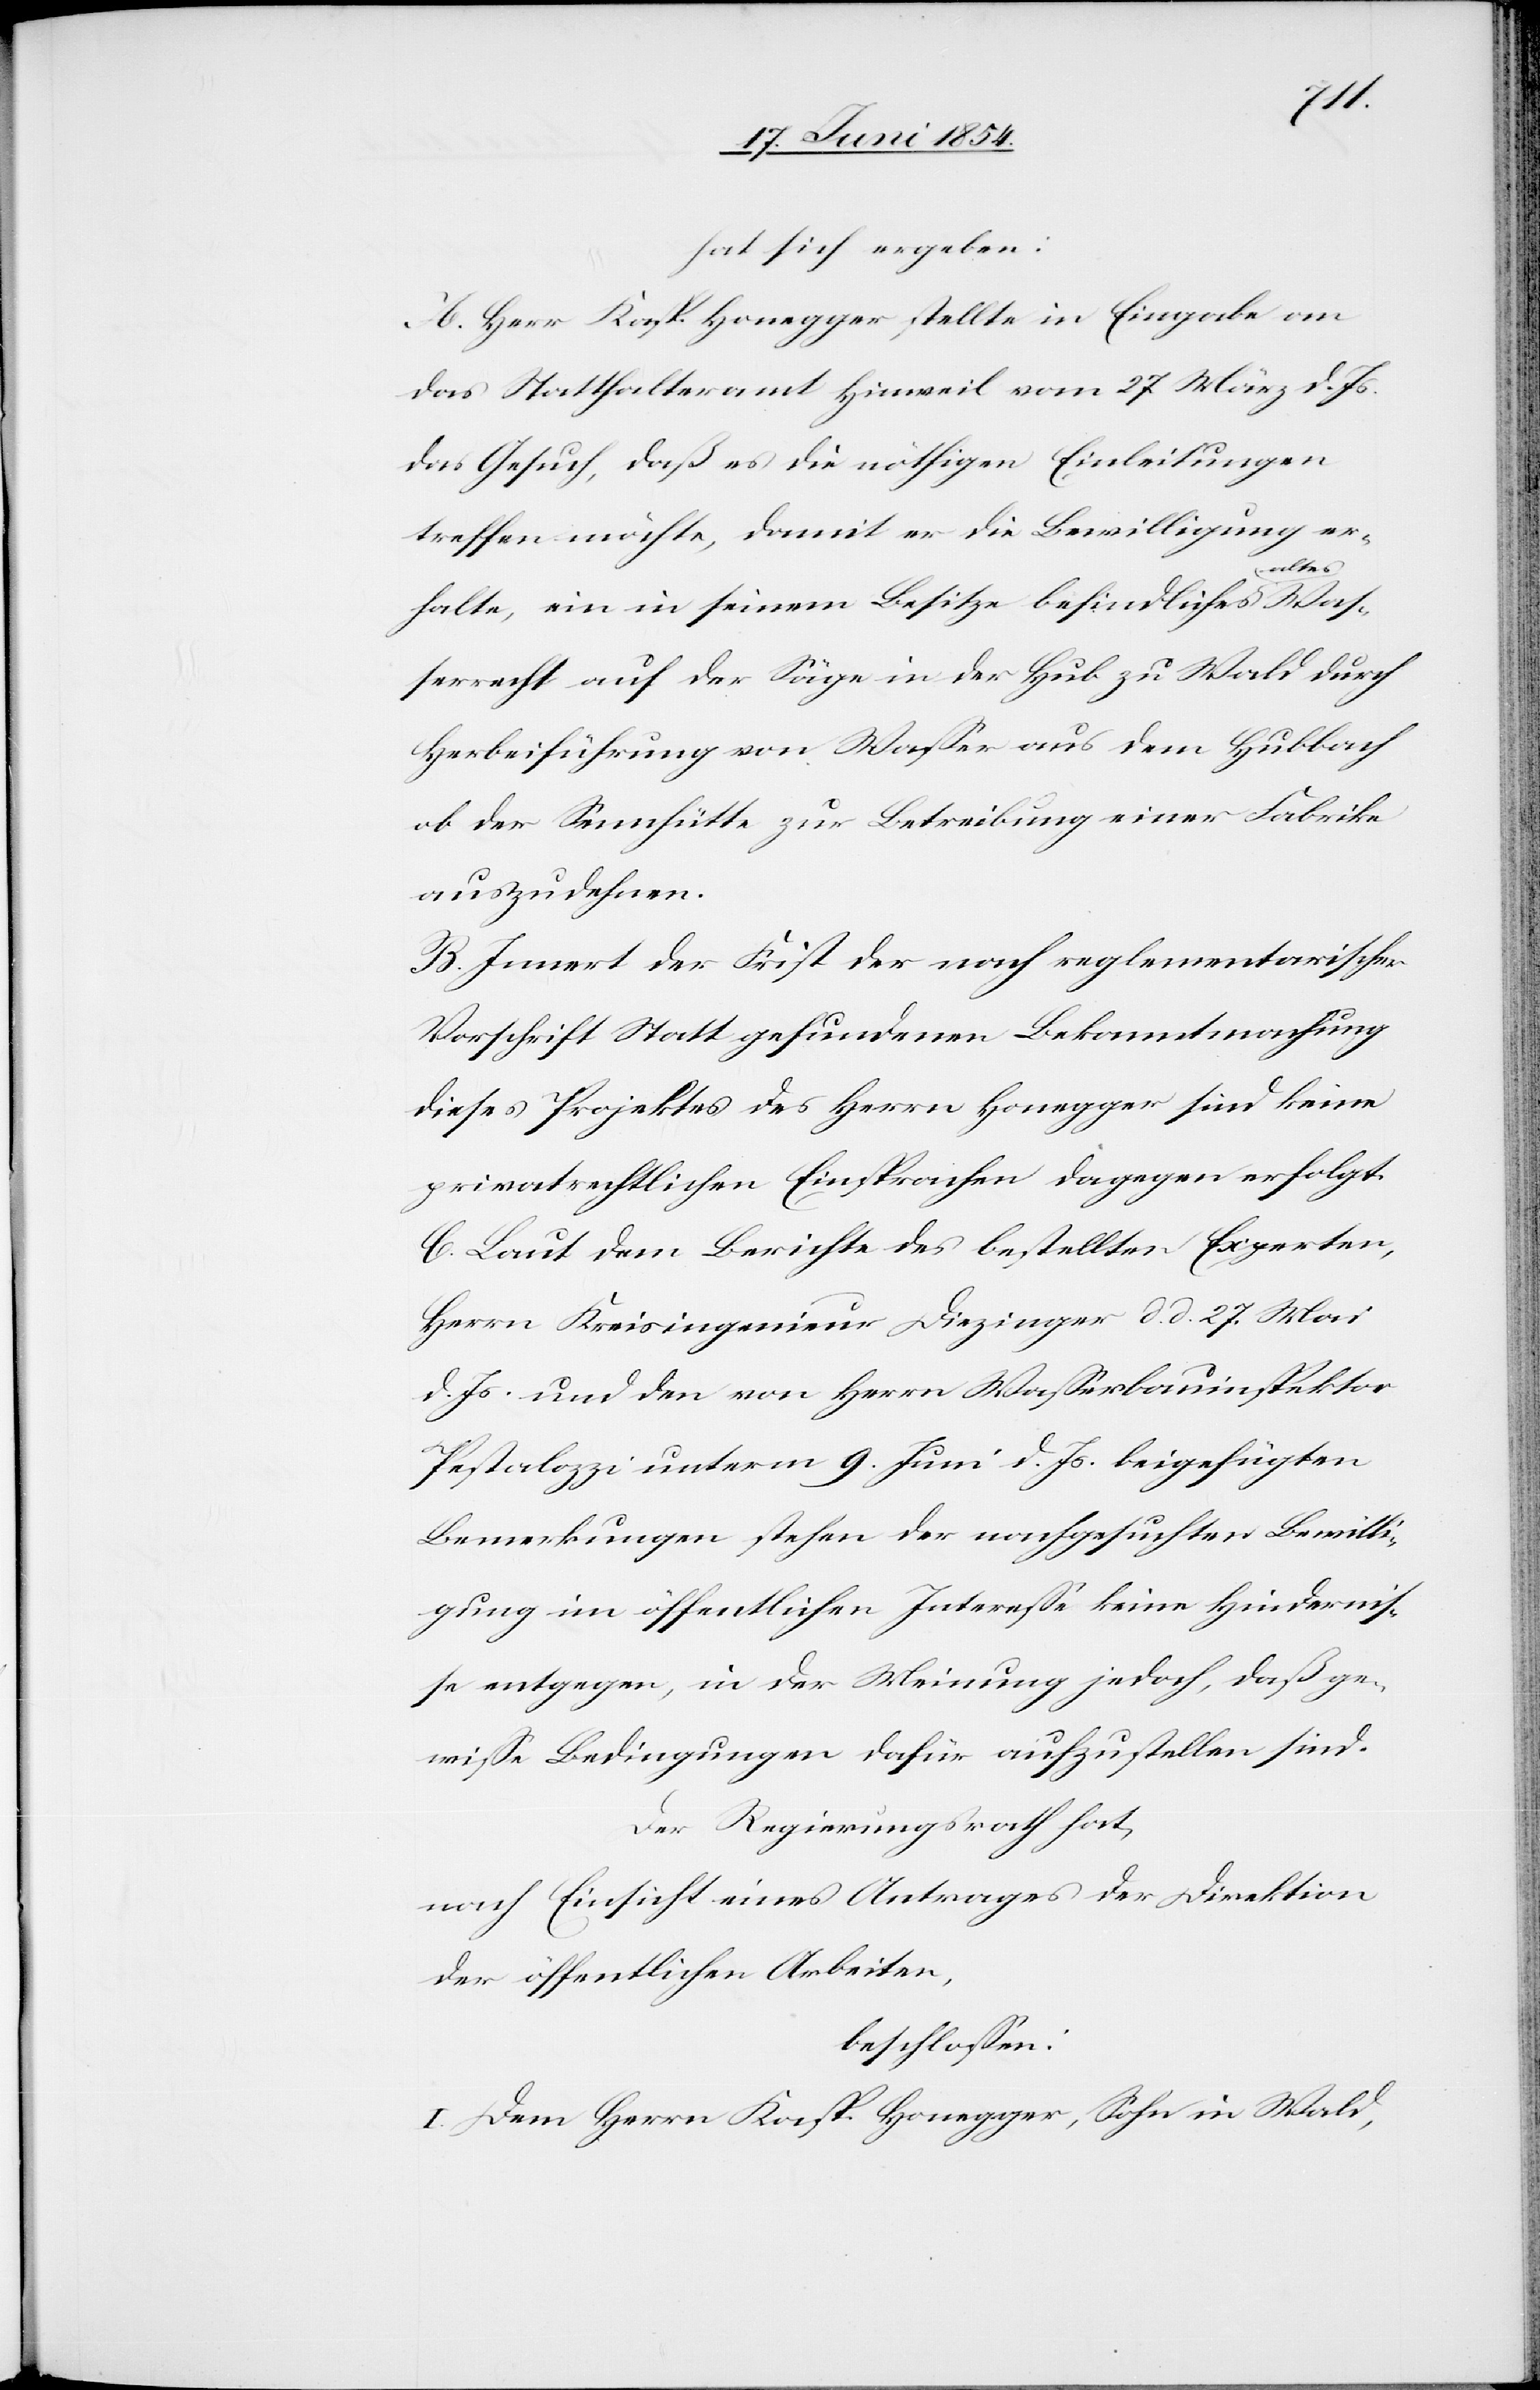
Waß¬
hat sich ergeben:
A. Herr Kasp. Honegger stellte in Eingabe an
das Statthalteramt Hinweil vom 27 März d. Js.
das Gesuch, daß es die nöthigen Einleitungen
treffen möchte, damit er die Bewilligung er¬
ltes-a
halte, ein in seinem Besitze befindliches a-a¬
errecht auf der Säge in der Hub zu Wald durch
Herbeiführung von Waßer aus dem Hubbach
ob der Sennhütte zur Betreibung einer Fabrike
auszudehnen.
B. Innert der Frist der nach reglementarischer
Vorschrift Statt gefundenen Bekanntmachung
dieses Projektes des Herrn Honegger sind keine
privatrechtlichen Einsprachen dagegen erfolgt.
C. Laut dem Berichte des bestellten Experten,
Herrn Kreisingenieur Diezinger d. d. 27. Mai
d. Js. und den von Herrn Waßerbauinspektor
Pestalozzi unterm 9. Juni d. Js. beigefügten
Bemerkungen stehen der nachgesuchten Bewilli¬
gung im öffentlichen Intereße keine Hinderniß¬
e entgegen, in der Meinung jedoch, daß ge¬
wiße Bedingungen dafür aufzustellen sind.
Der Regierungsrath hat,
nach Einsicht eines Antrages der Direktion
der öffentlichen Arbeiten,
beschloßen:
I. Dem Herrn Kasp. Honegger, Sohn im Wald,